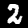
Digit: 2